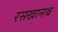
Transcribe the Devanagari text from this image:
रसखानश्च